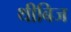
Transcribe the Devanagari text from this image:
थीबिज